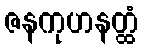
ဇနကုဟနတ္ထံ